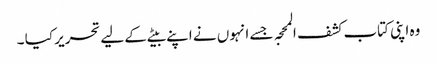
وہ اپنی کتاب کشف المحجہ جسے انہوں نے اپنے بیٹے کے لیے تحریر کیا ۔